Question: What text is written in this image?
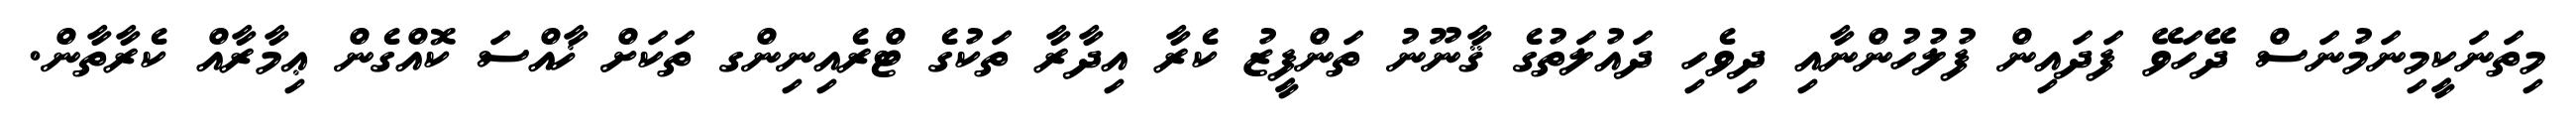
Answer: މިތަނަކީމިނަމުނަސް ދޭހަވޭ ފަދައިން ފުލުހުންނާއި ދިވެހި ދައުލަތުގެ ޤާނޫނު ތަންފީޒު ކެރާ އިދާރާ ތަކުގެ ޓްރެއިނިންގ ތަކަށް ޚާއްސަ ކޮއްގެން ޢިމާރާއް ކެރާތާން.